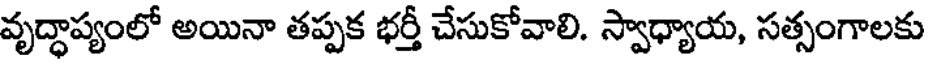
వృద్ధాప్యంలో అయినా తప్పక భర్తీ చేసుకోవాలి. స్వాధ్యాయ, సత్సంగాలకు